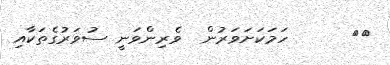
١٥      ހަމަކަށަވަރުން  ވެރިިންވަނީ ސުވަރުގެތަކާއި